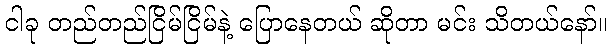
ငါခု တည်တည်ငြိမ်ငြိမ်နဲ့ ပြောနေတယ် ဆိုတာ မင်း သိတယ်နော်။